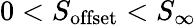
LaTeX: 0<S_{\mathrm{offset}}<S_{\infty}